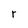
Character: r